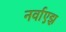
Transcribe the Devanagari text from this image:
नर्वाएझ